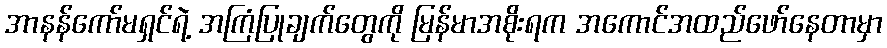
အာနန်ကော်မရှင်ရဲ့ အကြံပြုချက်တွေကို မြန်မာအစိုးရက အကောင်အထည်ဖော်နေတာမှာ